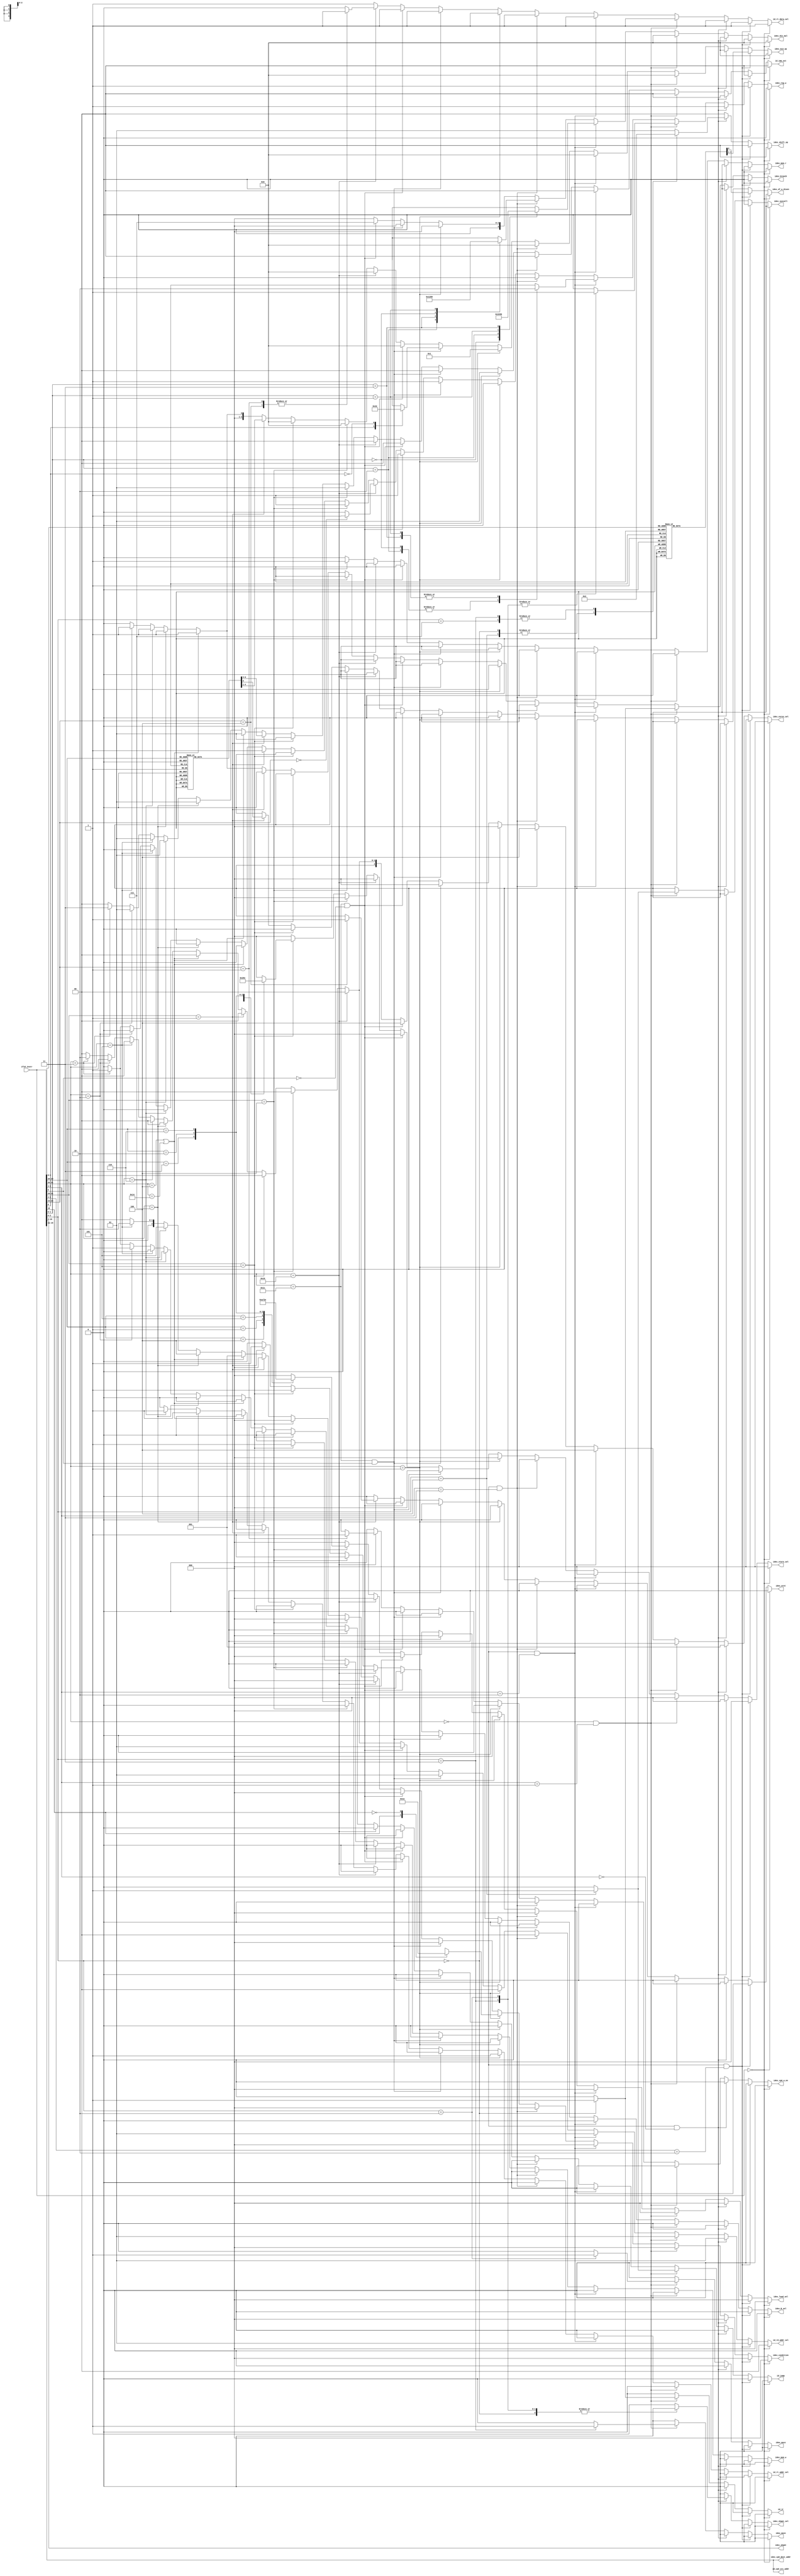
`timescale 1ns / 1ps

/*
 * @decoder ?
 * @author XuanBaoQiong
 */
module decoder(
    input   [31:0] ifid_instr, output  reg idex_mem_w,
    output  reg idex_mem_r,
    output  reg idex_reg_w,
    output  reg idex_branch,
    output  reg [2:0] idex_condition,
    output  reg idex_B_sel,
    output  reg [3:0] idex_ALU_op,
    output  [4:0] idex_shamt,
    output  reg idex_shamt_sel,
    output  reg [1:0] idex_shift_op,
    output  reg [2:0] idex_load_sel,
    output  reg [2:0] idex_store_sel,
    output  reg idex_of_w_disen,
    output  [4:0] idex_cp0_dest_addr,
    output  reg idex_cp0_w_en,
    output  reg idex_syscall,
    output  reg idex_eret,
    output  reg [1:0] id_imm_ext,
    output  reg id_jr,
    output  reg id_jump,
    output  reg [1:0] id_rd_addr_sel,
    output  reg id_rt_addr_sel, // 0:instr[rt], 1:5'b0
    output  reg id_rt_data_sel, // 0:cp0_data, 1:Rt_data
    output  [4:0] id_cp0_src_addr,
    output  reg [2:0] idex_exres_sel,
    output  reg idex_movn,
    output  reg idex_movz,
	output  reg [3:0] idex_div_mul 
    );

    assign idex_shamt = ifid_instr[10:6];
    assign idex_rs_addr = ifid_instr[25:21];
    assign idex_rt_addr = ifid_instr[20:16];
    assign idex_cp0_dest_addr = ifid_instr[15:11];
    assign id_cp0_src_addr = ifid_instr[15:11];

    always@(*) begin
        /* NOP */
        if(ifid_instr == 0) begin
			idex_div_mul = 0;
            idex_movn = 0; idex_movz = 0;
            idex_mem_w = 0; idex_mem_r = 0; idex_reg_w = 0;
            idex_branch = 0; idex_condition = 0;
            idex_of_w_disen = 0; idex_exres_sel = 0;
            idex_ALU_op = 0;
            idex_shamt_sel = 0;
            idex_shift_op = 0;
            idex_cp0_w_en = 0;
            idex_load_sel = 0; idex_store_sel = 0;
            idex_B_sel = 0;
            idex_eret = 0; idex_syscall = 0;
            id_imm_ext = 0;
            id_rd_addr_sel = 0;
            id_rt_addr_sel = 0;
            id_rt_data_sel = 1;
            id_jr = 0; id_jump = 0;
        end
        /* ADD ADDU SUB SUBU AND OR XOR NOR SLT SLTU */
        else if(ifid_instr[31:26] == 0 && ifid_instr[5:4] == 2'b10) begin
            /* same */
			idex_div_mul = 0;
            idex_movn = 0; idex_movz = 0;
            idex_branch = 0; idex_condition = 0;    // unused
            idex_load_sel = 0; idex_store_sel = 0;  // unused
            idex_shamt_sel = 0; idex_shift_op = 0;  // unused
            id_imm_ext = 0; // unused
            idex_mem_w = 0; idex_mem_r = 0; idex_reg_w = 1;
            idex_cp0_w_en = 0;
            idex_eret = 0;
            idex_syscall = 0;
            id_rt_addr_sel = 0;
            id_rt_data_sel = 1;
            id_rd_addr_sel = 1;
            idex_B_sel = 0;
            idex_exres_sel = 0;  // choose ALU's result
            id_jr = 0; id_jump = 0;
            /* different */
            case(ifid_instr[3:0])
            // add
            4'b0000: begin
                idex_of_w_disen = 1;
                idex_ALU_op = 4'b1110;
            end
            // addu
            4'b0001: begin
                idex_of_w_disen = 0;
                idex_ALU_op = 4'b0000;
            end
            // sub
            4'b0010: begin
                idex_ALU_op = 4'b1111;
                idex_of_w_disen = 1;
            end
            // subu
            4'b0011: begin
                idex_ALU_op = 4'b0001;
                idex_of_w_disen = 0;
            end
            // and
            4'b0100: begin
                idex_ALU_op = 4'b0100;
                idex_of_w_disen = 0;
            end
            // or
            4'b0101: begin
                idex_ALU_op = 4'b0110;
                idex_of_w_disen = 0;
            end
            // xor
            4'b0110: begin
                idex_ALU_op = 4'b1001;
                idex_of_w_disen = 0;
            end
            // nor
            4'b0111: begin
                idex_ALU_op = 4'b1000;
                idex_of_w_disen = 0;
            end
            // slt
            4'b1010: begin
                idex_ALU_op = 4'b0101;
                idex_of_w_disen = 0;
            end
            // sltu
            4'b1011: begin
                idex_ALU_op = 4'b0111;
                idex_of_w_disen = 0;
            end
            default: begin
                idex_ALU_op = 4'b0111;
                idex_of_w_disen = 0;
            end
            endcase
        end
        /* SLL SLLV SRA SRAV SRL SRLV */
        else if(ifid_instr[31:26] == 0 && ifid_instr[5:3] == 3'b000) begin
            /* same */
			idex_div_mul = 0;
            idex_movn = 0; idex_movz = 0;
            idex_mem_w = 0; idex_mem_r = 0; idex_reg_w = 1;
            idex_branch = 0; idex_condition = 0; // unused
            idex_load_sel = 0; idex_store_sel = 0; // unused
            idex_ALU_op = 0; idex_B_sel = 0; //unused
            idex_eret = 0; idex_syscall = 0;
            idex_of_w_disen = 0;
            idex_exres_sel = 1;
            idex_cp0_w_en = 0;
            id_imm_ext = 0; // unused
            id_rd_addr_sel = 1;
            id_rt_addr_sel = 0;
            id_rt_data_sel = 1;
            id_jr = 0; id_jump = 0;
            /* different */
            case(ifid_instr[2:0])
            // sll
            3'b000:
            begin
                idex_shamt_sel = 0;
                idex_shift_op = 2'b00;
            end
            // sllv
            3'b100:
            begin
                idex_shamt_sel = 1;
                idex_shift_op = 2'b00;
            end
            // sra
            3'b011:
            begin
                idex_shamt_sel = 0;
                idex_shift_op = 2'b10;
            end
            // srav
            3'b111:
            begin
                idex_shamt_sel = 1;
                idex_shift_op = 2'b10;
            end
            // srl
            3'b010:
            begin
                idex_shamt_sel = 0;
                idex_shift_op = 2'b01;
            end
            // srlv
            3'b110:
            begin
                idex_shamt_sel = 1;
                idex_shift_op = 2'b01;
            end
            default:
			begin
                idex_shamt_sel = 1;
				idex_shift_op = 2'b01;
            end
            endcase
        end
        /* SYSCALL JR MOVN MOVZ*/
        else if(ifid_instr[31:26] == 0 && ifid_instr[5:3] == 3'b001) begin
            /* same */
			idex_div_mul = 0;
            idex_mem_w = 0; idex_mem_r = 0;
            idex_condition = 0;
            idex_of_w_disen = 0;
            idex_exres_sel = 0;
            idex_ALU_op = 0;
            idex_shamt_sel = 0; idex_shift_op = 0;
            idex_cp0_w_en = 0;
            idex_load_sel = 0; idex_store_sel = 0;
            idex_B_sel = 0;
            idex_eret = 0;
            id_imm_ext = 0;
            id_rd_addr_sel = 1;
            id_rt_addr_sel = 0;
            id_rt_data_sel = 1;
            /* different */
            case(ifid_instr[2:0])
            // SYSCALL
            3'b100:
            begin
                idex_branch = 0;
                id_jump = 1;
                idex_syscall = 1;
                id_jr = 0;
                idex_reg_w = 0;
                idex_movn = 0;
                idex_movz = 0;
            end
            // JR
            3'b000:
            begin
                idex_branch = 1;
                id_jump = 0;
                idex_syscall = 0;
                id_jr = 1;
                idex_reg_w = 0;
                idex_movn = 0;
                idex_movz = 0;
            end
            // MOVN
            3'b011:
            begin
                idex_branch = 0;
                id_jump = 0;
                idex_syscall = 0;
                id_jr = 0;
                idex_reg_w = 1;
                idex_movn = 1;
                idex_movz = 0;
            end
            // MOVZ
            3'b010:
            begin
                idex_branch = 0;
                id_jump = 0;
                idex_syscall = 0;
                id_jr = 0;
                idex_reg_w = 1;
                idex_movn = 0;
                idex_movz = 1;
            end
            default:
			begin
                idex_branch = 0;
                id_jump = 0;
                idex_syscall = 0;
                id_jr = 0;
				idex_reg_w = 0;
                idex_movn = 0;
                idex_movz = 0;
            end
            endcase
        end
		/* MFHI MFLO MTHI MTLO */
		else if(ifid_instr[31:26] == 0 && ifid_instr[5:3] == 3'b010) begin
			 /* same */
			 idex_mem_w = 0; idex_mem_r = 0;
			 idex_branch = 0; idex_condition = 0; // unused
			 idex_of_w_disen = 0;
			 idex_exres_sel = 3'b100; // select the result of div/mul
			 idex_ALU_op = 0; // unused
			 idex_shamt_sel = 0; idex_shift_op = 0; // unused
			 idex_cp0_w_en = 0;
			 idex_load_sel = 0; idex_store_sel = 0;
			 idex_B_sel = 0;
			 idex_eret = 0; idex_syscall = 0;
			 idex_movn = 0; idex_movz = 0;
			 id_imm_ext = 0; // unused
			 id_rd_addr_sel = 1; // MFHI MFLO write rd
			 id_rt_addr_sel = 0;
			 id_rt_data_sel = 1;
			 id_jr = 0; id_jump = 0;
			 /* different */
			 case(ifid_instr[1:0])
				 // MFHI, rd <- hi
				 2'b00:
				 begin
					 idex_reg_w = 1;
					 idex_div_mul = 4'b0011;
				 end
				 // MFLO, rd <- lo
				 2'b10:
				 begin
					 idex_reg_w = 1;
					 idex_div_mul = 4'b0100;
				 end
				 // MTHI, rs -> hi
				 2'b01:
				 begin
					 idex_reg_w = 0;
					 idex_div_mul = 4'b0101;
				 end
				 // MTLO, rs -> lo
				 2'b11:
				 begin
					 idex_reg_w = 0;
					 idex_div_mul = 4'b0110;
				 end 
				 default:
				 begin
					 idex_reg_w = 0;
					 idex_div_mul = 0;
				 end
			 endcase
		end
		/* DIV DIVU MULT MULTU */
		else if(ifid_instr[31:26] == 0 && ifid_instr[5:3] == 3'b011) begin
			/* same */
			idex_mem_w = 0;
			idex_mem_r = 0;
			idex_reg_w = 0;
			idex_branch = 0; idex_condition = 0; // unused
			idex_of_w_disen = 0;
			idex_exres_sel = 3'b100; // select the result of mul/div
			idex_ALU_op = 0; // unused
			idex_shamt_sel = 0; idex_shift_op = 0; // unused
			idex_cp0_w_en = 0;
			idex_load_sel = 0; idex_store_sel = 0; // unused
			idex_B_sel = 0;
			idex_eret = 0; idex_syscall = 0;
			idex_movn = 0;
			idex_movz = 0;
			id_imm_ext = 0; // unused
			id_rd_addr_sel = 0; // unused
			id_rt_addr_sel = 0;
			id_rt_data_sel = 1;
			id_jr = 0;
			id_jump = 0;
			/* different */
			case(ifid_instr[1:0])
				// DIV
				2'b10:
					idex_div_mul = 4'b0001;
				// DIVU
				2'b11:
					idex_div_mul = 4'b0010;
				// MULT
				2'b00:
					idex_div_mul = 4'b1000;
				// MULTU
				2'b01:
					idex_div_mul = 4'b1001;
				default:
					idex_div_mul = 4'b0000;
			endcase
		end
        /* BGEZ BLTZ */
        else if(ifid_instr[31:26] == 1) begin
            /* same */
			idex_div_mul = 0;
            idex_movn = 0; idex_movz = 0;
            idex_mem_w = 0; idex_mem_r = 0; idex_reg_w = 0;
            idex_branch = 1;
            idex_of_w_disen = 0;
            idex_exres_sel = 0;
            idex_ALU_op = 4'b0001;
            idex_shamt_sel = 0;
            idex_shift_op = 0;
            idex_cp0_w_en = 0;
            idex_load_sel = 0;
            idex_store_sel = 0;
            idex_B_sel = 0;
            idex_eret = 0;
            idex_syscall = 0;
            id_imm_ext = 1;
            id_rd_addr_sel = 0; // unused
            id_rt_addr_sel = 1;
            id_rt_data_sel = 1;
            id_jr = 0;
            id_jump = 0;
            /* different */
            case(ifid_instr[16])
            1'b1: idex_condition = 3'b011; // BGEZ
            1'b0: idex_condition = 3'b110; // BLTZ
            default:  idex_condition = 3'b000;
            endcase
        end
        /* CLO CLZ*/
        else if(ifid_instr[31:26] == 6'b011100 && ifid_instr[5] == 1) begin
            /* same */
			idex_div_mul = 0;
            idex_movn = 0; idex_movz = 0;
            idex_mem_w = 0; idex_mem_r = 0; idex_reg_w = 1;
            idex_branch = 0; idex_condition = 0;
            idex_of_w_disen = 0;
            idex_exres_sel = 0;
            idex_shamt_sel = 0; idex_shift_op = 0;
            idex_cp0_w_en = 0;
            idex_load_sel = 0; idex_store_sel = 0;
            idex_B_sel = 0;
            idex_eret = 0;
            idex_syscall = 0;
            id_imm_ext = 0;
            id_rd_addr_sel = 1;
            id_rt_addr_sel = 0;
            id_rt_data_sel = 1;
            id_jr = 0;
            id_jump = 0;
            /* different */
            case(ifid_instr[0])
            1'b1: idex_ALU_op = 4'b0011; // CLO
            1'b0: idex_ALU_op = 4'b0010; // CLZ
            default: idex_ALU_op = 4'b0010;
            endcase
        end
		/* MUL, rd <- rs * rt */
		else if(ifid_instr[31:26] == 6'b011100 && ifid_instr[5] == 0) begin
			idex_mem_w = 0; idex_mem_r = 0;
			idex_reg_w = 1;
			idex_branch = 0; idex_condition = 0;
			idex_of_w_disen = 0;
			idex_exres_sel = 3'b100;
			idex_ALU_op = 0;
			idex_shamt_sel = 0; idex_shift_op = 0;
			idex_cp0_w_en = 0;
			idex_load_sel = 0;
			idex_store_sel = 0;
			idex_B_sel = 0;
			idex_eret = 0;
			idex_syscall = 0;
			idex_movn = 0;
			idex_movz = 0;
			idex_div_mul = 4'b0111;
			id_imm_ext = 0;
			id_rd_addr_sel = 1; 
			id_rt_addr_sel = 0;
			id_rt_data_sel = 1;
			id_jr = 0;
			id_jump = 0;
		end
        /* ERET MFC0 MTC0 */
        else if(ifid_instr[31:26] == 6'b010000) begin
            /* same */
			idex_div_mul = 0;
            idex_movn = 0; idex_movz = 0;
            idex_mem_w = 0; idex_mem_r = 0;
            idex_branch = 0; idex_condition = 0;
            idex_of_w_disen = 0;
            idex_exres_sel = 0;
            idex_ALU_op = 0;
            idex_shamt_sel = 0; idex_shift_op = 0;
            idex_load_sel = 0; idex_store_sel = 0;
            idex_B_sel = 0;
            idex_syscall = 0;
            id_imm_ext = 0;
            id_rd_addr_sel = 0;
            id_rt_addr_sel = 0;
            id_jr = 0; id_jump = 0;
            /* different */
            case(ifid_instr[25:23])
            // ERET
            3'b100: begin
                idex_reg_w = 0;
                idex_cp0_w_en = 0;
                idex_eret = 1;
                id_rt_data_sel = 1;
            end
            // MFC0
            3'b000: begin
                idex_reg_w = 1;
                idex_cp0_w_en = 0;
                idex_eret = 0;
                id_rt_data_sel = 0;
            end
            // MTC0
            3'b001: begin
                idex_reg_w = 0;
                idex_cp0_w_en = 1;
                idex_eret = 0;
                id_rt_data_sel = 1;
            end
            default: begin
                idex_reg_w = 0;
                idex_cp0_w_en = 0;
                idex_eret = 0;
                id_rt_data_sel = 0;
            end
            endcase
        end
        /* LB LBU LH LHU LW LWL LWR */
        else if(ifid_instr[31:29] == 3'b100) begin
            /* same */
			idex_div_mul = 0;
            idex_movn = 0; idex_movz = 0;
            idex_mem_w = 0;
            idex_mem_r = 1;
            idex_reg_w = 1;
            idex_branch = 0; idex_condition = 0;
            idex_exres_sel = 0;
            idex_ALU_op = 0;
            idex_of_w_disen = 0;
            idex_shamt_sel = 0; idex_shift_op = 0;
            idex_cp0_w_en = 0;
            idex_store_sel = 0;
            idex_B_sel = 1;
            idex_eret = 0;
            idex_syscall = 0;
            id_imm_ext = 1;
            id_rd_addr_sel = 0;
            id_rt_addr_sel = 0;
            id_rt_data_sel = 1;
            id_jr = 0;
            id_jump = 0;
            /* different */
            case(ifid_instr[28:26])
            3'b000: idex_load_sel = 3'b000; // LB
            3'b100: idex_load_sel = 3'b001; // LBU
            3'b001: idex_load_sel = 3'b010; // LH
            3'b101: idex_load_sel = 3'b011; // LHU
            3'b011: idex_load_sel = 3'b100; // LW
            3'b010: idex_load_sel = 3'b101; // LWL
            3'b110: idex_load_sel = 3'b110; // LWR
            default:  idex_load_sel = 3'b000;
            endcase
        end
        /* SB SH SW SWL SWR */
        else if(ifid_instr[31:29] == 3'b101)
        begin
            /* same */
			idex_div_mul = 0;
            idex_movn = 0; idex_movz = 0;
            idex_mem_w = 1; idex_mem_r = 0; idex_reg_w = 0;
            idex_branch = 0; idex_condition = 0;
            idex_of_w_disen = 0;
            idex_exres_sel = 0;
            idex_ALU_op = 0;
            idex_shamt_sel = 0;
            idex_shift_op = 0;
            idex_cp0_w_en = 0;
            idex_load_sel = 0;
            idex_B_sel = 1;
            idex_eret = 0;
            idex_syscall = 0;
            id_imm_ext = 1;
            id_rd_addr_sel  = 0;
            id_rt_addr_sel = 0;
            id_rt_data_sel = 1;
            id_jr = 0; id_jump = 0;
            /* different */
            case(ifid_instr[28:26])
            3'b000: idex_store_sel = 3'b000; // SB
            3'b001: idex_store_sel = 3'b001; // SH
            3'b011: idex_store_sel = 3'b010; // SW
            3'b010: idex_store_sel = 3'b011; // SWL
            3'b110: idex_store_sel = 3'b100; // SWR
            default:  idex_store_sel = 3'b000;
            endcase
        end
        /* ADDI ADDIU ANDI ORI SLTI SLTIU XORI LUI*/
        else if(ifid_instr[31:29] == 3'b001)
        begin
            /* same */
			idex_div_mul = 0;
            idex_movn = 0; idex_movz = 0;
            idex_mem_w = 0; idex_mem_r = 0; idex_reg_w = 1;
            idex_branch = 0; idex_condition = 0;
            idex_exres_sel = 0;
            idex_shamt_sel = 0; idex_shift_op = 0;
            idex_cp0_w_en = 0;
            idex_load_sel = 0; idex_store_sel = 0;
            idex_B_sel = 1;
            idex_eret = 0; idex_syscall = 0;
            id_rd_addr_sel = 0; // Rt
            id_rt_addr_sel = 0;
            id_rt_data_sel = 1;
            id_jr = 0; id_jump = 0;
            /* different */
            case(ifid_instr[28:26])
            // ADDI
            3'b000: begin
                idex_of_w_disen = 1;
                idex_ALU_op = 4'b1110;
                id_imm_ext = 1;
            end
            // ADDIU
            3'b001: begin
                idex_of_w_disen = 0;
                idex_ALU_op = 4'b0000;
                id_imm_ext = 1;
            end
            // ANDI
            3'b100: begin
                idex_of_w_disen = 0;
                idex_ALU_op = 4'b0100;
                id_imm_ext = 0;
            end
            // ORI
            3'b101: begin
                idex_of_w_disen = 0;
                idex_ALU_op = 4'b0110;
                id_imm_ext = 0;
            end
            // SLTI
            3'b010: begin
                idex_of_w_disen = 0;
                idex_ALU_op = 4'b0101;
                id_imm_ext = 1;
            end
            // SLTIU
            3'b011: begin
                idex_of_w_disen = 0;
                idex_ALU_op = 4'b0111;
                id_imm_ext = 1;
            end
            // XORI
            3'b110: begin
                idex_of_w_disen = 0;
                idex_ALU_op = 4'b1001;
                id_imm_ext = 0;
            end
            // LUI
            3'b111: begin
                idex_of_w_disen = 0;
                idex_ALU_op = 4'b0000;
                id_imm_ext = 2'b10;
            end
            default: begin
                idex_of_w_disen = 1;
                idex_ALU_op = 4'b1110;
                id_imm_ext = 1;
            end
            endcase
        end
        /* BEQ */
        else if(ifid_instr[31:26] == 6'b000100 || ifid_instr[31:26] == 6'b010100) begin
			idex_div_mul = 0;
            idex_movn = 0; idex_movz = 0;
            idex_mem_w = 0; idex_mem_r = 0; idex_reg_w = 0;
            idex_branch = 1; idex_condition = 3'b001;
            idex_of_w_disen = 0;
            idex_exres_sel = 0;
            idex_ALU_op = 4'b0001;
            idex_shamt_sel = 0;
            idex_shift_op = 0;
            idex_cp0_w_en = 0;
            idex_load_sel = 0;
            idex_store_sel = 0;
            idex_B_sel = 0;
            idex_eret = 0;
            idex_syscall = 0;
            id_imm_ext = 1;
            id_rd_addr_sel = 0;
            id_rt_addr_sel = 0;
            id_rt_data_sel = 1;
            id_jr = 0;
            id_jump = 0;
        end
        /* BGTZ */
        else if(ifid_instr[31:26] == 6'b000111) begin
			idex_div_mul = 0;
            idex_movn = 0; idex_movz = 0;
            idex_mem_w = 0; idex_mem_r = 0; idex_reg_w = 0;
            idex_branch = 1; idex_condition = 3'b100;
            idex_of_w_disen = 0;
            idex_exres_sel = 0;
            idex_ALU_op = 4'b0001;
            idex_shamt_sel = 0;
            idex_shift_op = 0;
            idex_cp0_w_en = 0;
            idex_load_sel = 0;
            idex_store_sel = 0;
            idex_B_sel = 0;
            idex_eret = 0;
            idex_syscall = 0;
            id_imm_ext = 1;
            id_rd_addr_sel = 0;
            id_rt_addr_sel = 1;
            id_rt_data_sel = 1;
            id_jr = 0;
            id_jump = 0;
        end
        /* BLEZ */
        else if(ifid_instr[31:26] == 6'b000110) begin
			idex_div_mul = 0;
            idex_movn = 0; idex_movz = 0;
            idex_mem_w = 0; idex_mem_r = 0; idex_reg_w = 0;
            idex_branch = 1; idex_condition = 3'b101;
            idex_of_w_disen = 0;
            idex_exres_sel = 0;
            idex_ALU_op = 4'b0001;
            idex_shamt_sel = 0;
            idex_shift_op = 0;
            idex_cp0_w_en = 0;
            idex_load_sel = 0;
            idex_store_sel = 0;
            idex_B_sel = 0;
            idex_eret = 0;
            idex_syscall = 0;
            id_imm_ext = 1;
            id_rd_addr_sel = 0;
            id_rt_addr_sel = 1;
            id_rt_data_sel = 1;
            id_jr = 0;
            id_jump = 0;
        end
        /* BNE */
        else if(ifid_instr[31:26] == 6'b000101) begin
			idex_div_mul = 0;
            idex_movn = 0; idex_movz = 0;
            idex_mem_w = 0; idex_mem_r = 0; idex_reg_w = 0;
            idex_branch = 1; idex_condition = 3'b010;
            idex_of_w_disen = 0;
            idex_exres_sel = 0;
            idex_ALU_op = 4'b0001;
            idex_shamt_sel = 0;
            idex_shift_op = 0;
            idex_cp0_w_en = 0;
            idex_load_sel = 0;
            idex_store_sel = 0;
            idex_B_sel = 0;
            idex_eret = 0;
            idex_syscall = 0;
            id_imm_ext = 1;
            id_rd_addr_sel = 0;
            id_rt_addr_sel = 0;
            id_rt_data_sel = 1;
            id_jr = 0;
            id_jump = 0;
        end
        /* J */
        else if(ifid_instr[31:26] == 6'b000010) begin
			idex_div_mul = 0;
            idex_movn = 0; idex_movz = 0;
            idex_mem_w = 0; idex_mem_r = 0; idex_reg_w = 0;
            idex_branch = 0; idex_condition = 0;
            idex_of_w_disen = 0;
            idex_exres_sel = 0;
            idex_ALU_op = 4'b0000;
            idex_shamt_sel = 0;
            idex_shift_op = 0;
            idex_cp0_w_en = 0;
            idex_load_sel = 0;
            idex_store_sel = 0;
            idex_B_sel = 0;
            idex_eret = 0;
            idex_syscall = 0;
            id_imm_ext = 1;
            id_rd_addr_sel = 0;
            id_rt_addr_sel = 0;
            id_rt_data_sel = 1;
            id_jr = 0;
            id_jump = 1;
        end
        /* JAL */
        else if(ifid_instr[31:26] == 6'b000011) begin
			idex_div_mul = 0;
            idex_movn = 0; idex_movz = 0;
            idex_mem_w = 0; idex_mem_r = 0; idex_reg_w = 1;
            idex_branch = 0; idex_condition = 0;
            idex_of_w_disen = 0;
            idex_exres_sel = 3'b010;
            idex_ALU_op = 4'b0000;
            idex_shamt_sel = 0;
            idex_shift_op = 0;
            idex_cp0_w_en = 0;
            idex_load_sel = 0;
            idex_store_sel = 0;
            idex_B_sel = 0;
            idex_eret = 0;
            idex_syscall = 0;
            id_imm_ext = 2'b11;
            id_rd_addr_sel = 2'b10;
            id_rt_addr_sel = 0;
            id_rt_data_sel = 1;
            id_jr = 0;
            id_jump = 1;
        end
        else begin
			idex_div_mul = 0;
            idex_movn = 0; idex_movz = 0;
            idex_mem_w = 0; idex_mem_r = 0; idex_reg_w = 0;
            idex_branch = 0; idex_condition = 0;
            idex_of_w_disen = 0; idex_exres_sel = 0;
            idex_ALU_op = 0;
            idex_shamt_sel = 0;
            idex_shift_op = 0;
            idex_cp0_w_en = 0;
            idex_load_sel = 0; idex_store_sel = 0;
            idex_B_sel = 0;
            idex_eret = 0; idex_syscall = 0;
            id_imm_ext = 0;
            id_rd_addr_sel = 0;
            id_rt_addr_sel = 0;
            id_rt_data_sel = 1;
            id_jr = 0; id_jump = 0;
        end
   end
endmodule